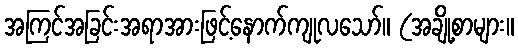
အကြင်အခြင်းအရာအားဖြင့်နောက်ကျုလသော်။ (အချို့စာများ။